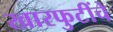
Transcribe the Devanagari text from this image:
खारफुटींचे